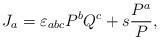
LaTeX: \begin{align*}J_a= \varepsilon_{abc}P^bQ^c +s\frac{P^a}{P},\end{align*}